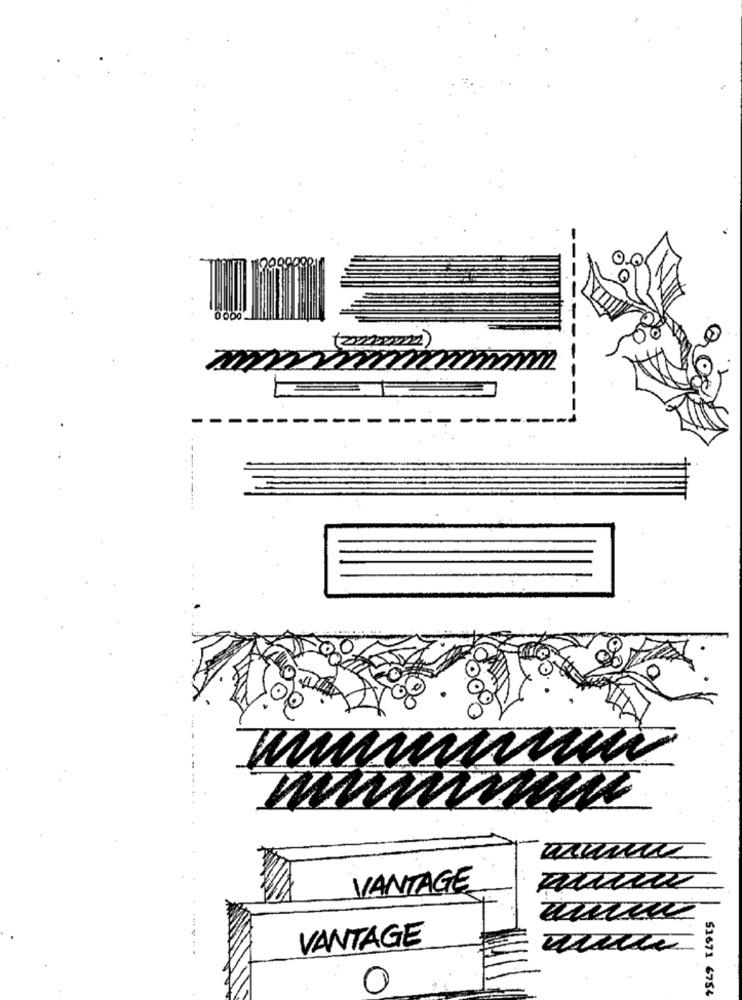
0000
tom
ANVWW
VANTAGE
VANTAGE
51671 6754